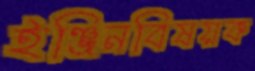
ইঞ্জিনবিষয়ক